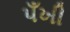
પઁખી